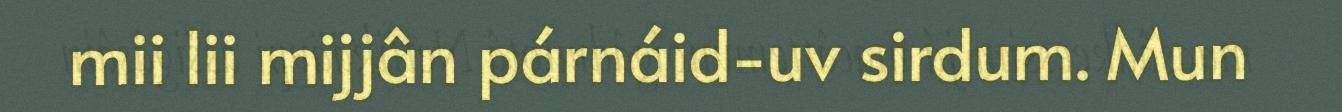
mii lii mijjân párnáid-uv sirdum. Mun